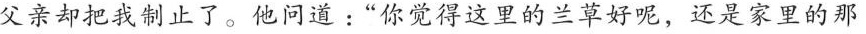
父亲却把我制止了。他问道:“你觉得这里的兰草好呢，还是家里的那